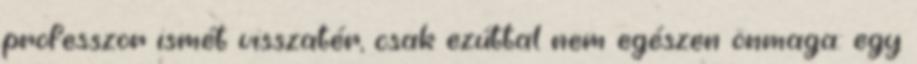
professzor ismét visszatér, csak ezúttal nem egészen önmaga: egy